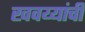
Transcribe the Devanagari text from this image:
खवय्यांची